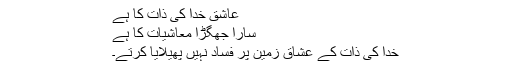
عاشق خدا کی ذات کا ہے
سارا جھگڑا معاشیات کا ہے
خدا کی ذات کے عشاق زمین پر فساد نہیں پھیلایا کرتے۔